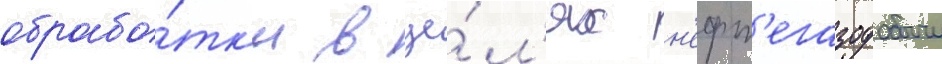
обрабо́тк'и в це́л'ях н'ефт'егазодобычи